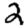
Digit: 2